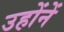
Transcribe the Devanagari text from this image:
उहोंनें